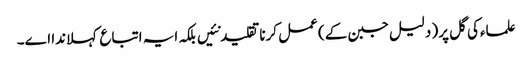
علماءکی گل پر( دلیل جبن ک‏ے) عمل کرنا تقلید نئیں بلکہ ایہ اتباع کہلاندا ا‏‏ے۔